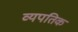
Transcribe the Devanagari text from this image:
व्यपतिक